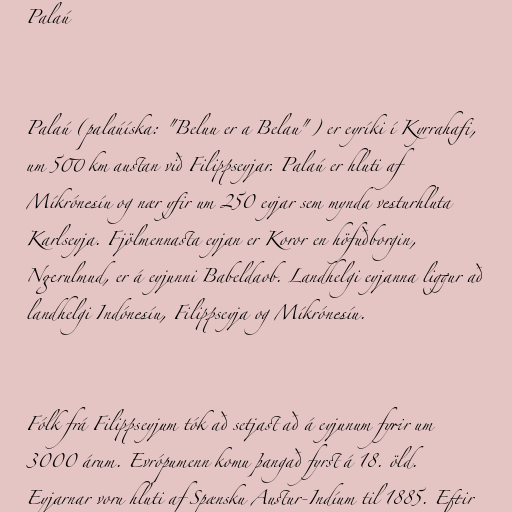
Palaú

Palaú (palaúíska: "Beluu er a Belau") er eyríki í Kyrrahafi,
um 500 km austan við Filippseyjar. Palaú er hluti af
Míkrónesíu og nær yfir um 250 eyjar sem mynda vesturhluta
Karlseyja. Fjölmennasta eyjan er Koror en höfuðborgin,
Ngerulmud, er á eyjunni Babeldaob. Landhelgi eyjanna liggur að
landhelgi Indónesíu, Filippseyja og Míkrónesíu.

Fólk frá Filippseyjum tók að setjast að á eyjunum fyrir um
3000 árum. Evrópumenn komu þangað fyrst á 18. öld.
Eyjarnar voru hluti af Spænsku Austur-Indíum til 1885. Eftir